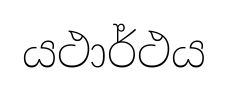
යථාර්ථය